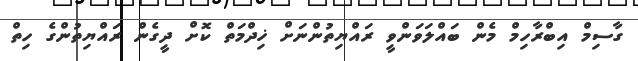
ގާސިމް އިބްރާހިމް މެން ބައްލަވަންވީ ރައްޔިތުންނަށް ޚިދްމަތް ކޮށް ދީގެން ރައްޔިތުންގެ ހިތް